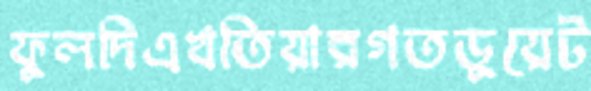
ফুলদিএখতিয়ারগতডুয়েট